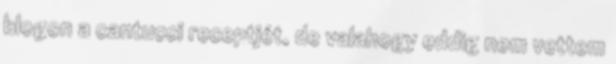
blogon a cantucci receptjét, de valahogy eddig nem vettem